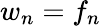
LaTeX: w_{n}=f_{n}